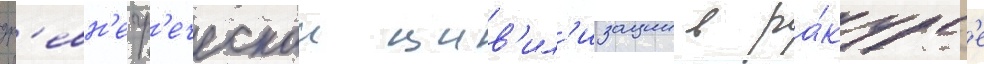
др'евн'егр'еческои цив'ил'изации в ра́курс'е